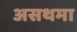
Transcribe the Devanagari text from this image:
असथमा